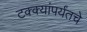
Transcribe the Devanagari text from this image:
टक्क्यांपर्यंतचे